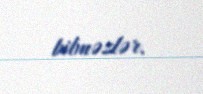
bilməzlər.